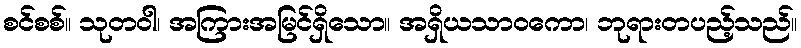
စင်စစ်။ သုတဝါ၊ အကြားအမြင်ရှိသော။ အရှိယသာဝကော၊ ဘုရားတပည့်သည်။